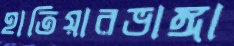
হাতিয়ারভাঙ্গা